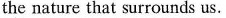
the nature that surrounds us.